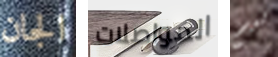
الجان المواصلات ليم